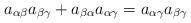
LaTeX: \begin{align*}a_{\alpha\beta}a_{\beta\gamma}+a_{\beta\alpha}a_{\alpha\gamma}=a_{\alpha\gamma}a_{\beta\gamma}\end{align*}